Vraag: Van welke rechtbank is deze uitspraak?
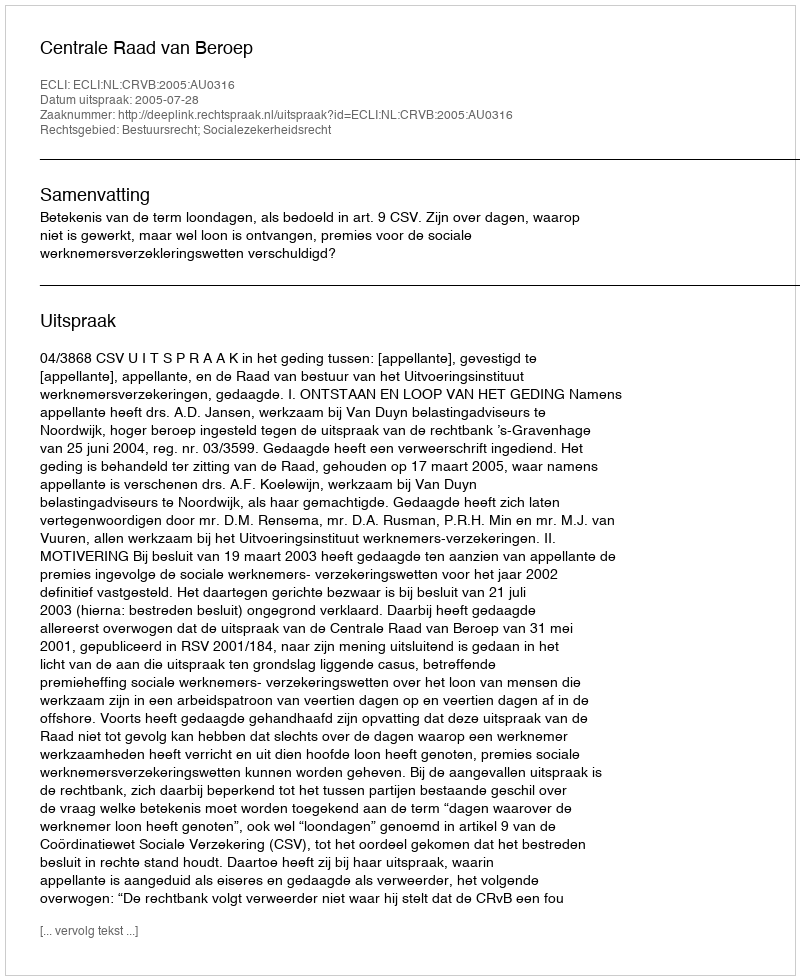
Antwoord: Centrale Raad van Beroep